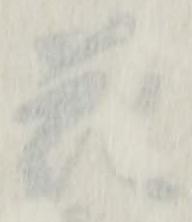
花